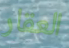
العقار